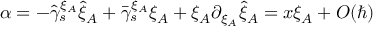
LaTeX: \alpha = - \hat { \gamma } _ { s } ^ { \xi _ { A } } \hat { \xi } _ { A } + \bar { \gamma } _ { s } ^ { \xi _ { A } } \xi _ { A } + \xi _ { A } \partial _ { \xi _ { A } } \hat { \xi } _ { A } = x \xi _ { A } + { \cal O } ( \hbar )